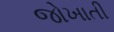
જોખાતી